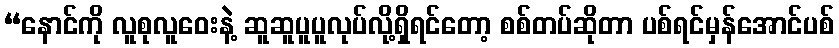
“နောင်ကို လူစုလူဝေးနဲ့ ဆူဆူပူပူလုပ်လို့ရှိရင်တော့ စစ်တပ်ဆိုတာ ပစ်ရင်မှန်အောင်ပစ်